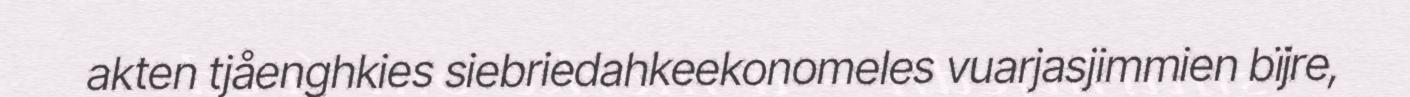
akten tjåenghkies siebriedahkeekonomeles vuarjasjimmien bïjre,